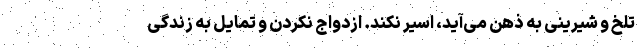
تلخ و شیرینی به ذهن می‌آید، اسیر نکند. ازدواج نکردن و تمایل به زندگی